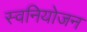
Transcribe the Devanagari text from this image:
स्वनियोजन